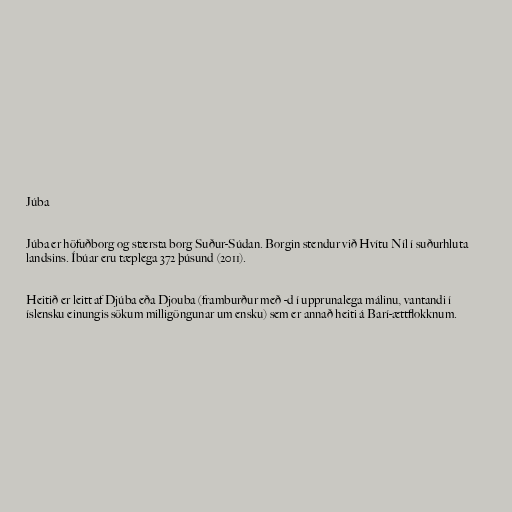
Júba

Júba er höfuðborg og stærsta borg Suður-Súdan. Borgin stendur við Hvítu Níl í suðurhluta
landsins. Íbúar eru tæplega 372 þúsund (2011).

Heitið er leitt af Djúba eða Djouba (framburður með -d í upprunalega málinu, vantandi í
íslensku einungis sökum milligöngunar um ensku) sem er annað heiti á Barí-ættflokknum.